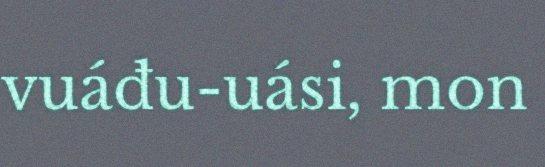
vuáđu-uási, mon